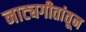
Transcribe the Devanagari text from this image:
नाट्यगीतांतून